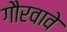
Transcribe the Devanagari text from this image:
गौरवावे